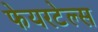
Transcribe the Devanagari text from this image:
फेयरटेल्स